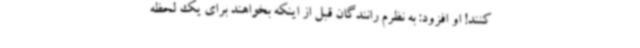
کنند! او افزود: به نظرم رانندگان قبل از اینکه بخواهند برای یک لحظه